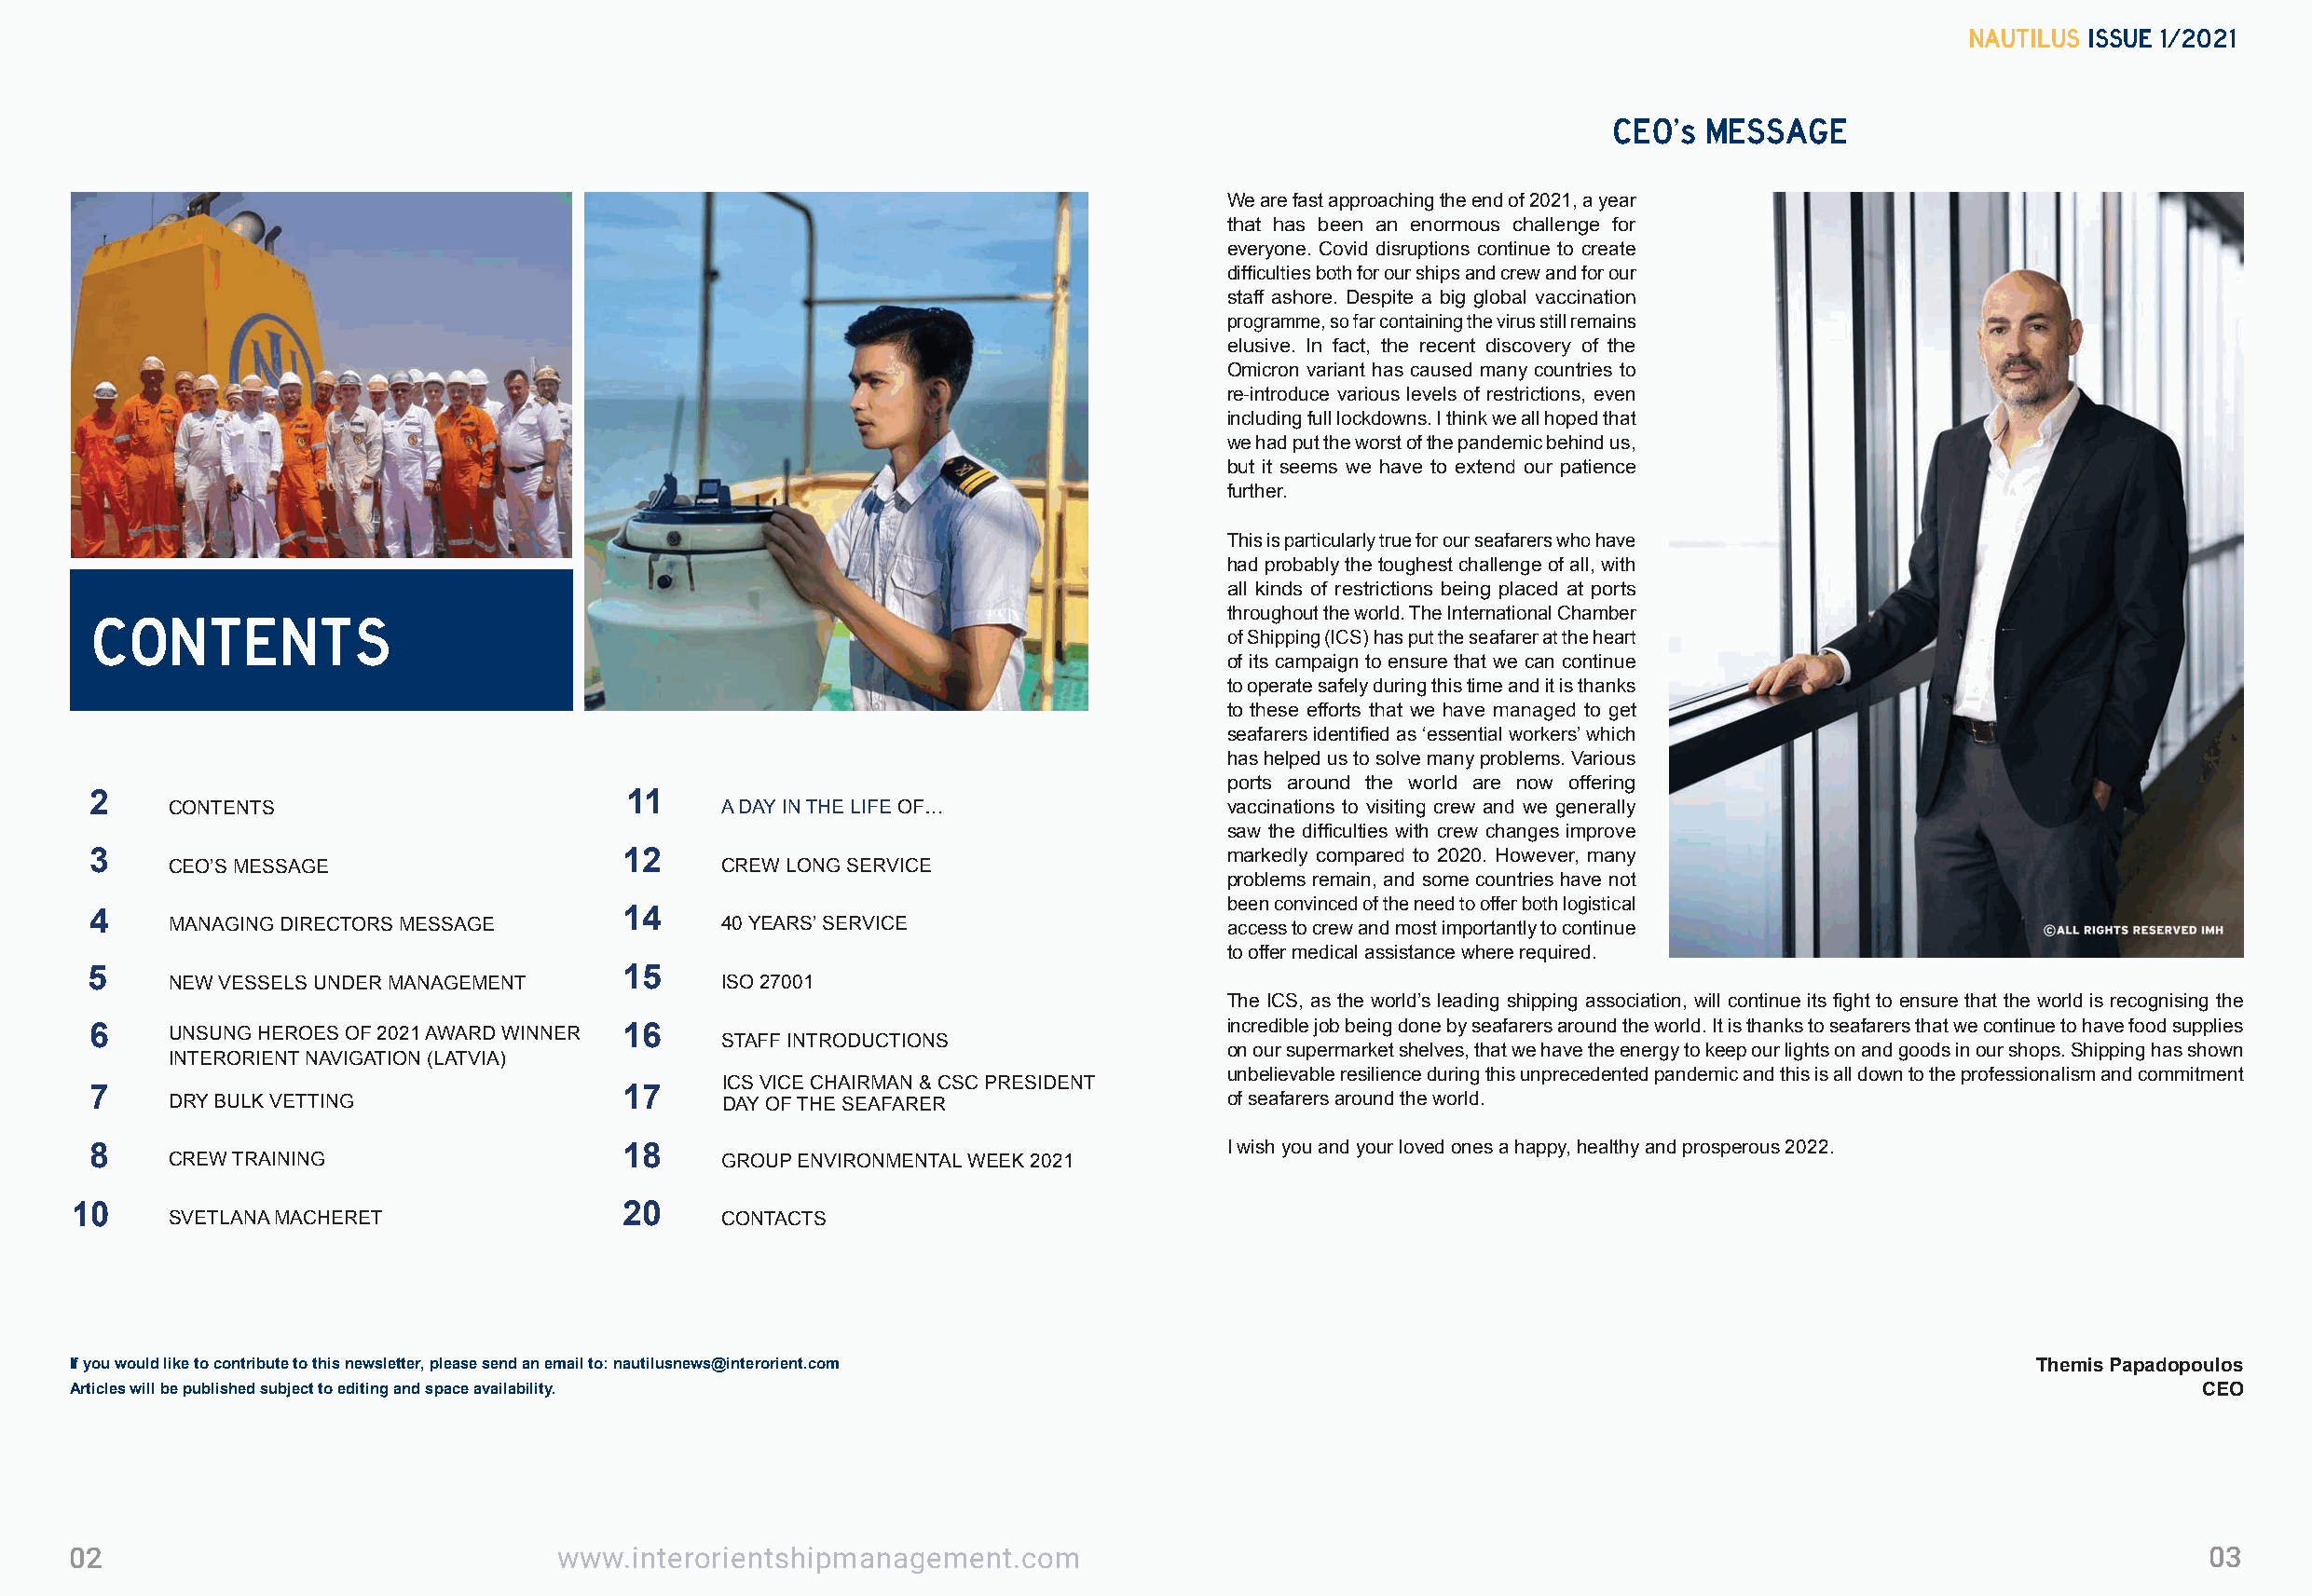
NAUTILUS ISSUE 1/2021
 CEO’s MESSAGE
 We are fast approaching the end of 2021, a year
 that has been an enormous challenge for
 everyone. Covid disruptions continue to create
 difficulties both for our ships and crew and for our
 staff ashore. Despite a big global vaccination
 programme, so far containing the virus still remains
 elusive. In fact, the recent discovery of the
 Omicron variant has caused many countries to
 re-introduce various levels of restrictions, even
 including full lockdowns. I think we all hoped that
 we had put the worst of the pandemic behind us,
 but it seems we have to extend our patience
 further.
 This is particularly true for our seafarers who have
 had probably the toughest challenge of all, with
 all kinds of restrictions being placed at ports
 CONTENTS                                                                         throughout the world. The International Chamber
 of Shipping (ICS) has put the seafarer at the heart
 of its campaign to ensure that we can continue
 09
 to operate safely during this time and it is thanks
 to these efforts that we have managed to get
 seafarers identified as ‘essential workers’ which
 has helped us to solve many problems. Various
 ports around the world are now offering
 2                                     11
 CONTENTS                               A DAY IN THE LIFE OF…               vaccinations to visiting crew and we generally
 saw the difficulties with crew changes improve
 3                                     12                                         markedly compared to 2020. However, many
 CEO’S MESSAGE                          CREW LONG SERVICE
 problems remain, and some countries have not
 been convinced of the need to offer both logistical
 4                                     14
 MANAGING DIRECTORS MESSAGE             40 YEARS’ SERVICE                   access to crew and most importantly to continue
 to offer medical assistance where required.
 5                                     15
 NEW VESSELS UNDER MANAGEMENT           ISO 27001
 The ICS, as the world’s leading shipping association, will continue its fight to ensure that the world is recognising the
 incredible job being done by seafarers around the world. It is thanks to seafarers that we continue to have food supplies
 6     UNSUNG HEROES OF 2021 AWARD WINNER 16
 STAFF INTRODUCTIONS
 on our supermarket shelves, that we have the energy to keep our lights on and goods in our shops. Shipping has shown
 INTERORIENT NAVIGATION (LATVIA)
 unbelievable resilience during this unprecedented pandemic and this is all down to the professionalism and commitment
 ICS VICE CHAIRMAN & CSC PRESIDENT
 7     DRY BULK VETTING                17     DAY OF THE SEAFARER                 of seafarers around the world.
 8                                     18                                         I wish you and your loved ones a happy, healthy and prosperous 2022.
 CREW TRAINING                          GROUP ENVIRONMENTAL WEEK 2021
 10                                     20
 SVETLANA MACHERET                      CONTACTS
 If you would like to contribute to this newsletter, please send an email to: nautilusnews@interorient.com                                   Themis Papadopoulos
 Articles will be published subject to editing and space availability.                                                                                  CEO
 02                                 www.interorientshipmanagement.com                                                                                    03